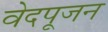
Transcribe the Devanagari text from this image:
वेदपूजन